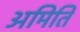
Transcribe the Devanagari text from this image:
अमिति